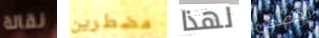
نقالة مضطرين لهذا بقصص